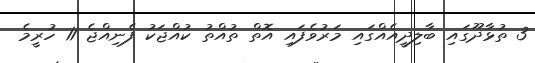
3 ތުޅާދޫގައި ބާލިދީއެއްގައި މަރުވެފައި އޮތް ތުއްތު ކުއްޖަކު ފެނިއްޖެ 11 ހުރީމެ